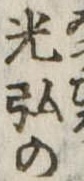
光弘の